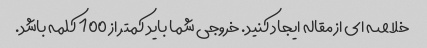
خلاصه ای از مقاله ایجاد کنید. خروجی شما باید کمتر از 100 کلمه باشد.